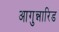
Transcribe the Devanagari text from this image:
आगुन्नारिड